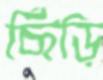
ছিঁড়ি